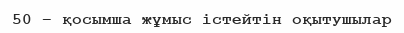
50 – қосымша жұмыс істейтін оқытушылар